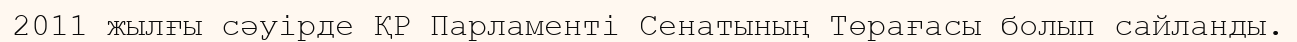
2011 жылғы сәуірде ҚР Парламенті Сенатының Төрағасы болып сайланды.